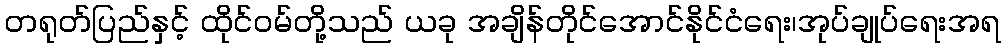
တရုတ်ပြည်နှင့် ထိုင်ဝမ်တို့သည် ယခု အချိန်တိုင်အောင်နိုင်ငံရေး၊အုပ်ချုပ်ရေးအရ